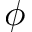
\phi